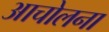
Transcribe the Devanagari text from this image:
आचोलना